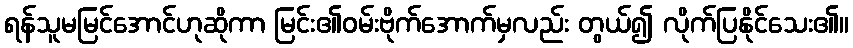
ရန်သူမမြင်အောင်ဟုဆိုကာ မြင်း၏ဝမ်းဗိုက်အောက်မှလည်း တွယ်၍ လိုက်ပြနိုင်သေး၏။